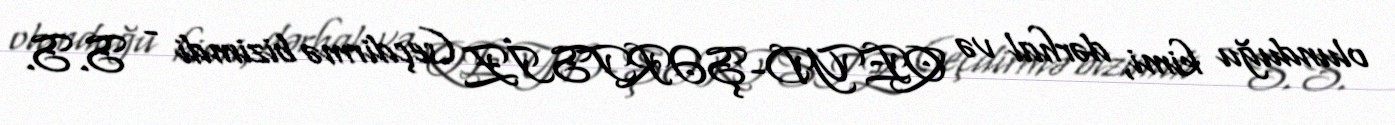
olunduğu kimi, dərhal və QEYD-ŞƏRTSİZ (seçdirmə bizimdi - S.S.